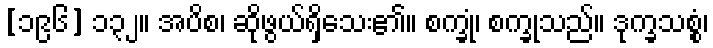
[၁၉၆] ၁၃၂။ အပိစ၊ ဆိုဖွယ်ရှိသေး၏။ စက္ခုံ၊ စက္ခုသည်။ ဒုက္ခသစ္စံ၊